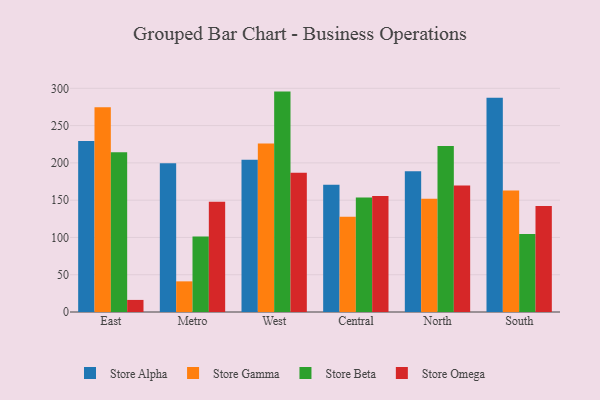
{"axis": {"x": "Region", "y": "Headcount"}, "legend": ["Store Alpha", "Store Beta", "Store Gamma", "Store Omega"], "data": [{"x": "East", "y": 229.4, "type": "Store Alpha"}, {"x": "East", "y": 274.6, "type": "Store Gamma"}, {"x": "East", "y": 214.3, "type": "Store Beta"}, {"x": "East", "y": 16.2, "type": "Store Omega"}, {"x": "Metro", "y": 199.6, "type": "Store Alpha"}, {"x": "Metro", "y": 41.1, "type": "Store Gamma"}, {"x": "Metro", "y": 101.3, "type": "Store Beta"}, {"x": "Metro", "y": 147.9, "type": "Store Omega"}, {"x": "West", "y": 204.1, "type": "Store Alpha"}, {"x": "West", "y": 225.9, "type": "Store Gamma"}, {"x": "West", "y": 295.6, "type": "Store Beta"}, {"x": "West", "y": 186.9, "type": "Store Omega"}, {"x": "Central", "y": 170.6, "type": "Store Alpha"}, {"x": "Central", "y": 127.8, "type": "Store Gamma"}, {"x": "Central", "y": 153.7, "type": "Store Beta"}, {"x": "Central", "y": 155.6, "type": "Store Omega"}, {"x": "North", "y": 188.7, "type": "Store Alpha"}, {"x": "North", "y": 151.9, "type": "Store Gamma"}, {"x": "North", "y": 222.8, "type": "Store Beta"}, {"x": "North", "y": 169.7, "type": "Store Omega"}, {"x": "South", "y": 287.3, "type": "Store Alpha"}, {"x": "South", "y": 162.9, "type": "Store Gamma"}, {"x": "South", "y": 104.7, "type": "Store Beta"}, {"x": "South", "y": 142.0, "type": "Store Omega"}]}